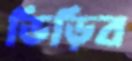
ভিড়িব